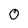
Character: 0